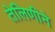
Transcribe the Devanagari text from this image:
तेलिणीने